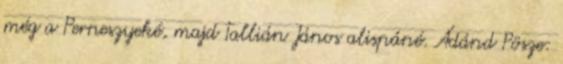
még a Perneszyeké, majd Tallián János alispáné. Ádánd Pösze: